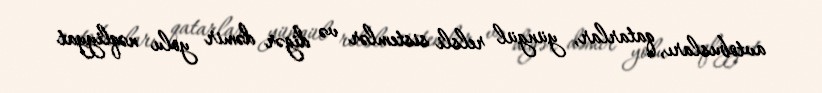
avtobusları, qatarlar, yüngül relsli sistemlər və digər dəmir yolu nəqliyyat